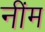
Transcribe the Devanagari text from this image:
नींम